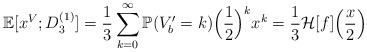
LaTeX: \begin{align*}\mathbb{E}[x^V;D^{(1)}_3]=\frac{1}{3}\sum_{k=0}^{\infty}\mathbb{P}(V'_b=k)\Big{(}\frac{1}{2}\Big{)}^k x^k=\frac{1}{3}\mathcal{H}[f]\Big{(}\frac{x}{2}\Big{)}\end{align*}